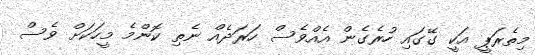
މިތެރަޕީ އަކީ ގޭގައި ހުރެގެން އެއްވެސް ހަރަދެއް ނެތި ކޮންމެ މީހަކަށް ވެސް